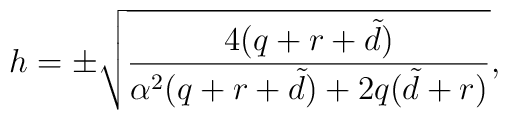
h=\pm\sqrt{\frac{4(q+r+{\tilde d})}{\alpha ^{2}(q+r+{\tilde d})+2q({\tilde d}+r)}},